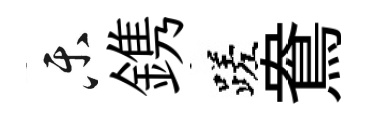
乐鎸蹉鴦